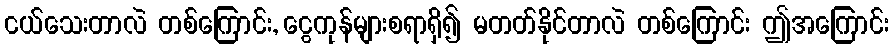
ငယ်သေးတာလဲ တစ်ကြောင်း, ငွေကုန်များစရာရှိ၍ မတတ်နိုင်တာလဲ တစ်ကြောင်း ဤအကြောင်း